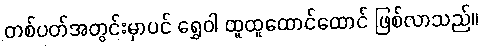
တစ်ပတ်အတွင်းမှာပင် ရွှေဝါ ထူထူထောင်ထောင် ဖြစ်လာသည်။